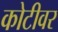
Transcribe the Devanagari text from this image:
कोटीवर